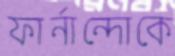
ফার্নান্দোকে